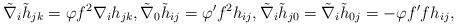
LaTeX: \begin{align*}\tilde{\nabla}_i\tilde{h}_{jk}=\varphi f^2\nabla_ih_{jk},\tilde{\nabla}_0\tilde{h}_{ij}=\varphi 'f^2h_{ij},\tilde{\nabla}_i\tilde{h}_{j0}=\tilde{\nabla}_i\tilde{h}_{0j}=-\varphi f'f h_{ij},\end{align*}